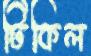
টিকিল